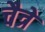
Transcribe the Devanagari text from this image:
चैत्रे